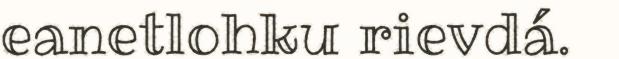
eanetlohku rievdá.